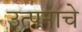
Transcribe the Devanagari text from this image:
उत्पनाचे